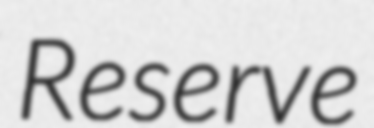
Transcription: Reserve